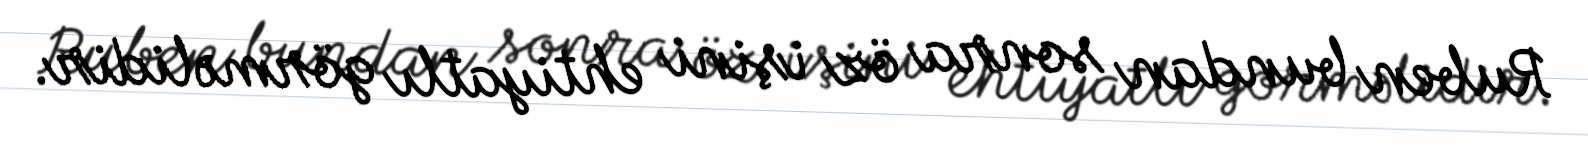
Ruben bundan sonra öz işini ehtiyatlı görməlidir.